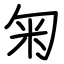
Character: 匊